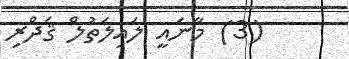
(3) މާނައީ ލައިލަތުލް ޤަދްރި